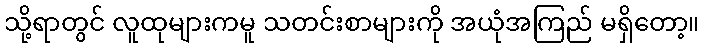
သို့ရာတွင် လူထုများကမူ သတင်းစာများကို အယုံအကြည် မရှိတော့။